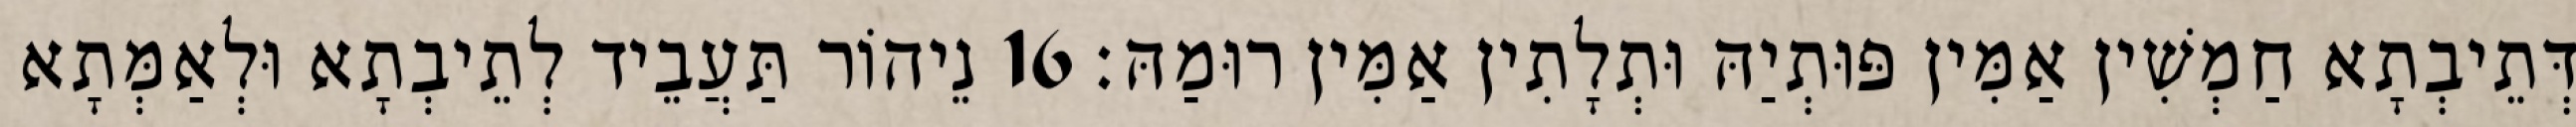
דְּתֵיבְתָא חַמְשִׁין אַמִּין פּוּתְיַהּ וּתְלָתִין אַמִּין רוּמַהּ׃ 16 נֵיהוֹר תַּעֲבֵיד לְתֵיבְתָא וּלְאַמְּתָא